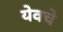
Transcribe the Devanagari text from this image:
येवचे